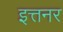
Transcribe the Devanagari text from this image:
इत्तनर